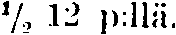
½ 12 p:llä.